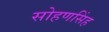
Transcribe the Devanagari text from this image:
सोहणसिंह